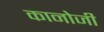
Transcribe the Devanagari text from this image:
कानोजी